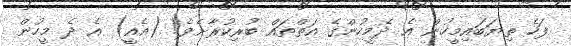
ފަހެ ތިޔަބައިމީހުން އެ ދެމީހުންގެ އަތްތައް ބުރިކުރާށެވެ! (އެއީ) އެ ދެ މީހުން